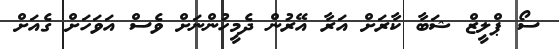
ސޯ ޕްލީޒް ޝަބާ ކާރަށް އަރާ އޭރުން ދެމީހުންނަށް ވެސް އަވަހަށް ގެއަށް